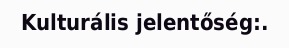
Kulturális jelentőség:.